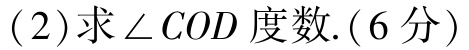
(2)求$\angle COD$度数.(6分)